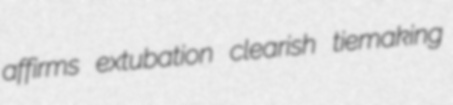
affirms extubation clearish tiemaking